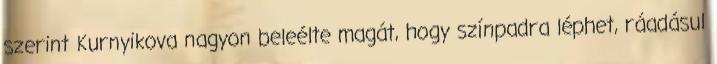
szerint Kurnyikova nagyon beleélte magát, hogy színpadra léphet, ráadásul